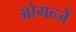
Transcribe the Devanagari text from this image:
ओगन्जें